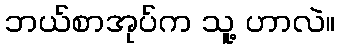
ဘယ်စာအုပ်က သူ့ ဟာလဲ။